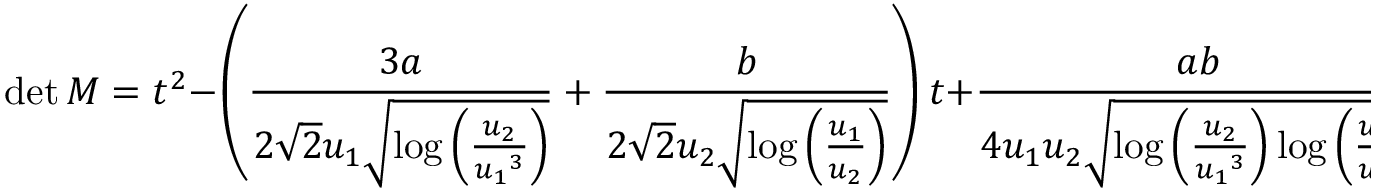
\operatorname* { d e t } M = t ^ { 2 } - \left( \frac { 3 a } { 2 \sqrt { 2 } { u _ { 1 } } \sqrt { \log \left( \frac { { u _ { 2 } } } { { u _ { 1 } } ^ { 3 } } \right) } } + \frac { b } { 2 \sqrt { 2 } { u _ { 2 } } \sqrt { \log \left( \frac { { u _ { 1 } } } { { u _ { 2 } } } \right) } } \right) t + \frac { a b } { 4 { u _ { 1 } u _ { 2 } } \sqrt { \log \left( \frac { { u _ { 2 } } } { { u _ { 1 } } ^ { 3 } } \right) \log \left( \frac { { u _ { 1 } } } { { u _ { 2 } } } \right) } } = 0 \, , \quad a , b = \pm \, .